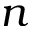
n